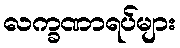
လက္ခဏာရပ်များ